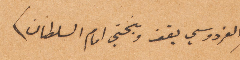
(الفردوسي يقف وينحني امام السلطان)